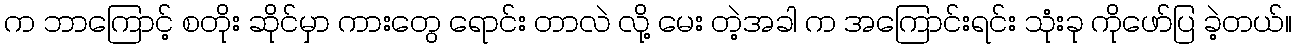
က ဘာကြောင့် စတိုး ဆိုင်မှာ ကားတွေ ရောင်း တာလဲ လို့ မေး တဲ့အခါ က အကြောင်းရင်း သုံးခု ကိုဖော်ပြ ခဲ့တယ်။